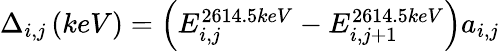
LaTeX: \begin{array}{r}{\Delta_{i,j}\left(keV\right)=\left(E_{i,j}^{2614.5keV}-E_{i,j+1}^{2614.5keV}\right)a_{i,j}}\end{array}